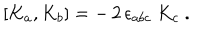
LaTeX: [ K _ { a } , K _ { b } ] = - \, 2 \, \epsilon _ { a b c } \ K _ { c } \ .